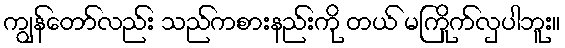
ကျွန်တော်လည်း သည်ကစားနည်းကို တယ် မကြိုက်လှပါဘူး။